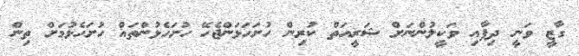
ގާޒީ ވަނީ ދިފާއި ވަކީލުންނަށް ޝަރީއަތް ކުރިން ހުށަހަޅަންޖެހޭ ހުށަހެޅުންތައް ހުށަހެޅުމަށް ތިން